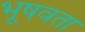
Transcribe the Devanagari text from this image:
भूषवता